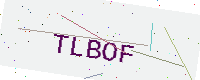
Text: TLBOF